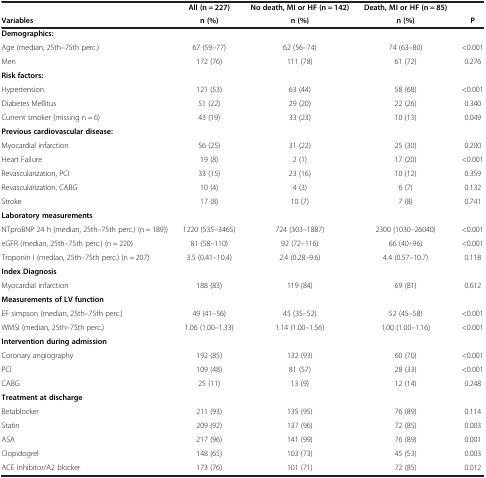
<table><thead><tr><td><b> </b></td><td><b>All (n = 227)</b></td><td><b>No death, MI or HF (n = 142)</b></td><td><b>Death, MI or HF (n = 85)</b></td><td><b> </b></td></tr><tr><td><b>Variables</b></td><td><b>n (%)</b></td><td><b>n (%)</b></td><td><b>n (%)</b></td><td><b>P</b></td></tr></thead><tbody><tr><td><b>Demographics:</b></td><td> </td><td> </td><td> </td><td> </td></tr><tr><td>Age (median, 25th–75th perc.)</td><td>67 (59–77)</td><td>62 (56–74)</td><td>74 (63–80)</td><td>&lt;0.001</td></tr><tr><td>Men</td><td>172 (76)</td><td>111 (78)</td><td>61 (72)</td><td>0.276</td></tr><tr><td><b>Risk factors:</b></td><td> </td><td> </td><td> </td><td> </td></tr><tr><td>Hypertension</td><td>121 (53)</td><td>63 (44)</td><td>58 (68)</td><td>&lt;0.001</td></tr><tr><td>Diabetes Mellitus</td><td>51 (22)</td><td>29 (20)</td><td>22 (26)</td><td>0.340</td></tr><tr><td>Current smoker (missing n = 6)</td><td>43 (19)</td><td>33 (23)</td><td>10 (13)</td><td>0.049</td></tr><tr><td><b>Previous cardiovascular disease:</b></td><td> </td><td> </td><td> </td><td> </td></tr><tr><td>Myocardial infarction</td><td>56 (25)</td><td>31 (22)</td><td>25 (30)</td><td>0.200</td></tr><tr><td>Heart Failure</td><td>19 (8)</td><td>2 (1)</td><td>17 (20)</td><td>&lt;0.001</td></tr><tr><td>Revascularization, PCI</td><td>33 (15)</td><td>23 (16)</td><td>10 (12)</td><td>0.359</td></tr><tr><td>Revascularization, CABG</td><td>10 (4)</td><td>4 (3)</td><td>6 (7)</td><td>0.132</td></tr><tr><td>Stroke</td><td>17 (8)</td><td>10 (7)</td><td>7 (8)</td><td>0.741</td></tr><tr><td><b>Laboratory measurements</b></td><td> </td><td> </td><td> </td><td> </td></tr><tr><td>NTproBNP 24 h (median, 25th–75th perc.) (n = 189))</td><td>1220 (535–3465)</td><td>724 (303–1887)</td><td>2300 (1030–26040)</td><td>&lt;0.001</td></tr><tr><td>eGFR (median, 25th–75th perc.) (n = 220)</td><td>81 (58–110)</td><td>92 (72–116)</td><td>66 (40–96)</td><td>&lt;0.001</td></tr><tr><td>Troponin I (median, 25th–75th perc.) (n = 207)</td><td>3.5 (0.41–10.4)</td><td>2.4 (0.28–9.6)</td><td>4.4 (0.57–10.7)</td><td>0.118</td></tr><tr><td><b>Index Diagnosis</b></td><td> </td><td> </td><td> </td><td> </td></tr><tr><td>Myocardial infarction</td><td>188 (83)</td><td>119 (84)</td><td>69 (81)</td><td>0.612</td></tr><tr><td><b>Measurements of LV function</b></td><td> </td><td> </td><td> </td><td> </td></tr><tr><td>EF simpson (median, 25th–75th perc.)</td><td>49 (41–56)</td><td>45 (35–52)</td><td>52 (45–58)</td><td>&lt;0.001</td></tr><tr><td>WMSI (median, 25th–75th perc.)</td><td>1.06 (1.00–1.33)</td><td>1.14 (1.00–1.56)</td><td>1.00 (1.00–1.16)</td><td>&lt;0.001</td></tr><tr><td><b>Intervention during admission</b></td><td> </td><td> </td><td> </td><td> </td></tr><tr><td>Coronary angiography</td><td>192 (85)</td><td>132 (93)</td><td>60 (70)</td><td>&lt;0.001</td></tr><tr><td>PCI</td><td>109 (48)</td><td>81 (57)</td><td>28 (33)</td><td>&lt;0.001</td></tr><tr><td>CABG</td><td>25 (11)</td><td>13 (9)</td><td>12 (14)</td><td>0.248</td></tr><tr><td><b>Treatment at discharge</b></td><td> </td><td> </td><td> </td><td> </td></tr><tr><td>Betablocker</td><td>211 (93)</td><td>135 (95)</td><td>76 (89)</td><td>0.114</td></tr><tr><td>Statin</td><td>209 (92)</td><td>137 (96)</td><td>72 (85)</td><td>0.003</td></tr><tr><td>ASA</td><td>217 (96)</td><td>141 (99)</td><td>76 (89)</td><td>0.001</td></tr><tr><td>Clopidogrel</td><td>148 (65)</td><td>103 (73)</td><td>45 (53)</td><td>0.003</td></tr><tr><td>ACE inhibitor/A2 blocker</td><td>173 (76)</td><td>101 (71)</td><td>72 (85)</td><td>0.012</td></tr></tbody></table>